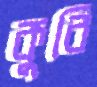
কুবি